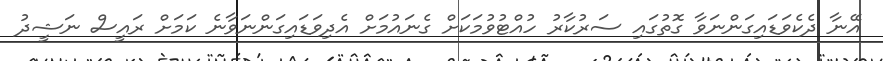
އޭނާ ދެކެވަޑައިގަންނަވާ ގޮތުގައި ސަރުކާރު ހުއްޓުވުމަކަށް ގެނައުމަށް އެދިވަޑައިގަންނަވާނެ ކަމަށް ރައީސް ނަޝީދު